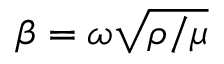
\beta = \omega \sqrt { \rho / \mu }